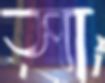
সা